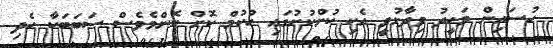
ހުސައިން ވަހީދު ވިދާޅުވީ އެކި ކުށްކުށުގައި ހުކުމް ކޮށް ކޮންމެވެސް ސަބަބަކާ ހެދި